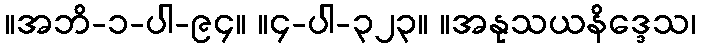
။အဘိ-၁-ပါ-၉၄။ ။၄-ပါ-၃၂၃။ ။အနုသယနိဒ္ဒေသ၊